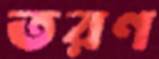
তরণ